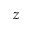
z